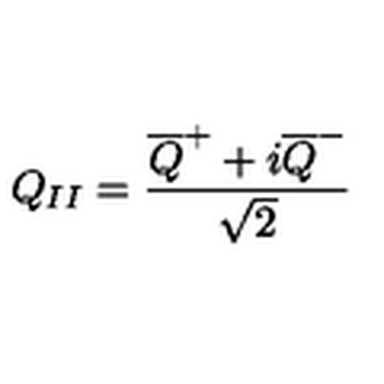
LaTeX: Q _ { I I } = \frac { \overline { { Q } } ^ { + } + i \overline { { Q } } ^ { - } } { \sqrt { 2 } }